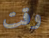
وقت